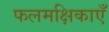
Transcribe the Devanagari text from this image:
फलमक्षिकाएँ